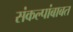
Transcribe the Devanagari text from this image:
संकल्पांबाबत